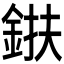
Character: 𨦶